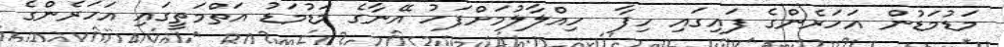
މަޑުމަޑުން އަހަރެންގެ ފައިގައި ހިފާ  ހިއްލާލުމަށްފަހު އޭނާގެ މަޑުމަޑު އަތްމަތީގައި އަހަރެންގެ